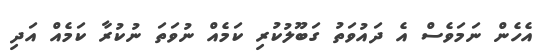
އެހެން ނަމަވެސް އެ ދައުވަތު ގަބޫލުކުރި ކަމެއް ނުވަތަ ނުކުރާ ކަމެއް އަދި